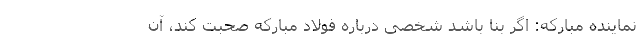
نماینده مبارکه: اگر بنا باشد شخصی درباره فولاد مبارکه صحبت کند، آن